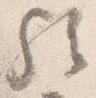
歟